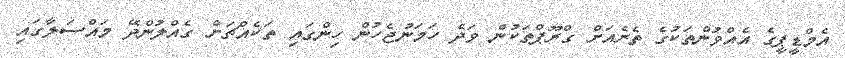
އެމްޑީޕީގެ އެއްވުންތަކުގެ ތެރެއަށް ގްރޫޕްތަކުން ވަދެ ހަމަނުޖެހުން ހިންގައި ތަކެއްޗަށް ގެއްލުންދޭ މައްސަލާގައި